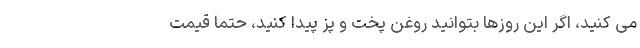
می کنید، اگر این روزها بتوانید روغن پخت و پز پیدا کنید، حتما قیمت